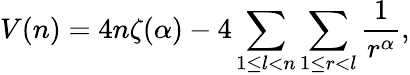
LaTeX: V(n)=4n\zeta(\alpha)-4\sum_{1\le l<n}\sum_{1\le r<l}\frac{1}{r^{\alpha}},